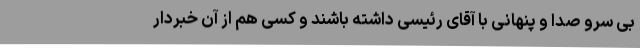
بی سرو صدا و پنهانی با آقای رئیسی داشته باشند و کسی هم از آن خبردار